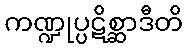
ကဏ္ဍုပ္ပဋိစ္ဆာဒီတိ